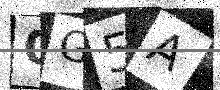
Text: 0G5A